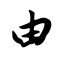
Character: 由